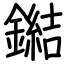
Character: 鐑